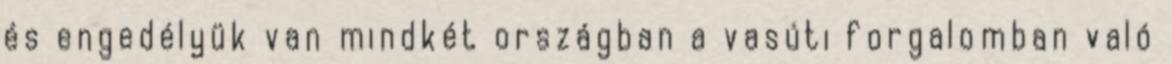
és engedélyük van mindkét országban a vasúti forgalomban való